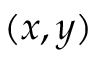
( x , y )